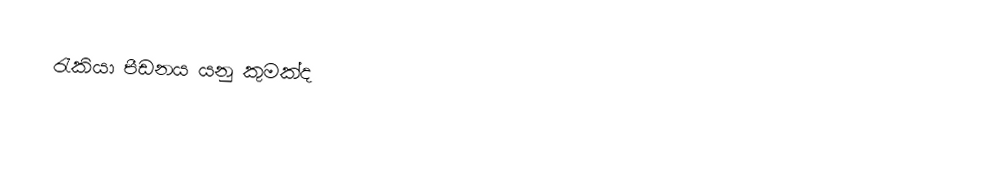
රැකියා පීඩනය යනු කුමක්ද